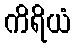
ကိရိယံ